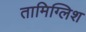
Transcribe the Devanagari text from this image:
तामिग्लिश